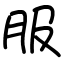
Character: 服